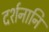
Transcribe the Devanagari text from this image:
दर्शनानि